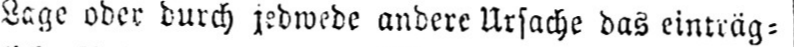
Lage ober durch jedwede andere Ursache das einträg⸗